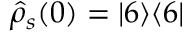
\hat { \rho } _ { s } ( 0 ) = | 6 \rangle \langle 6 |